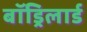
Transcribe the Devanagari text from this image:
बॉड्रिलार्ड